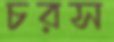
চরস